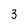
Character: 3